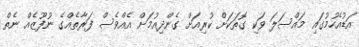
އަޑުއެހުމުގައި މައްސަލަ ވަކި ގޮތަކަށް ކުރިއަށް ގެންދިއުމަށް އެއްވެސް ފަރާތެއްގެ ނުފޫޒެއް ނެތް